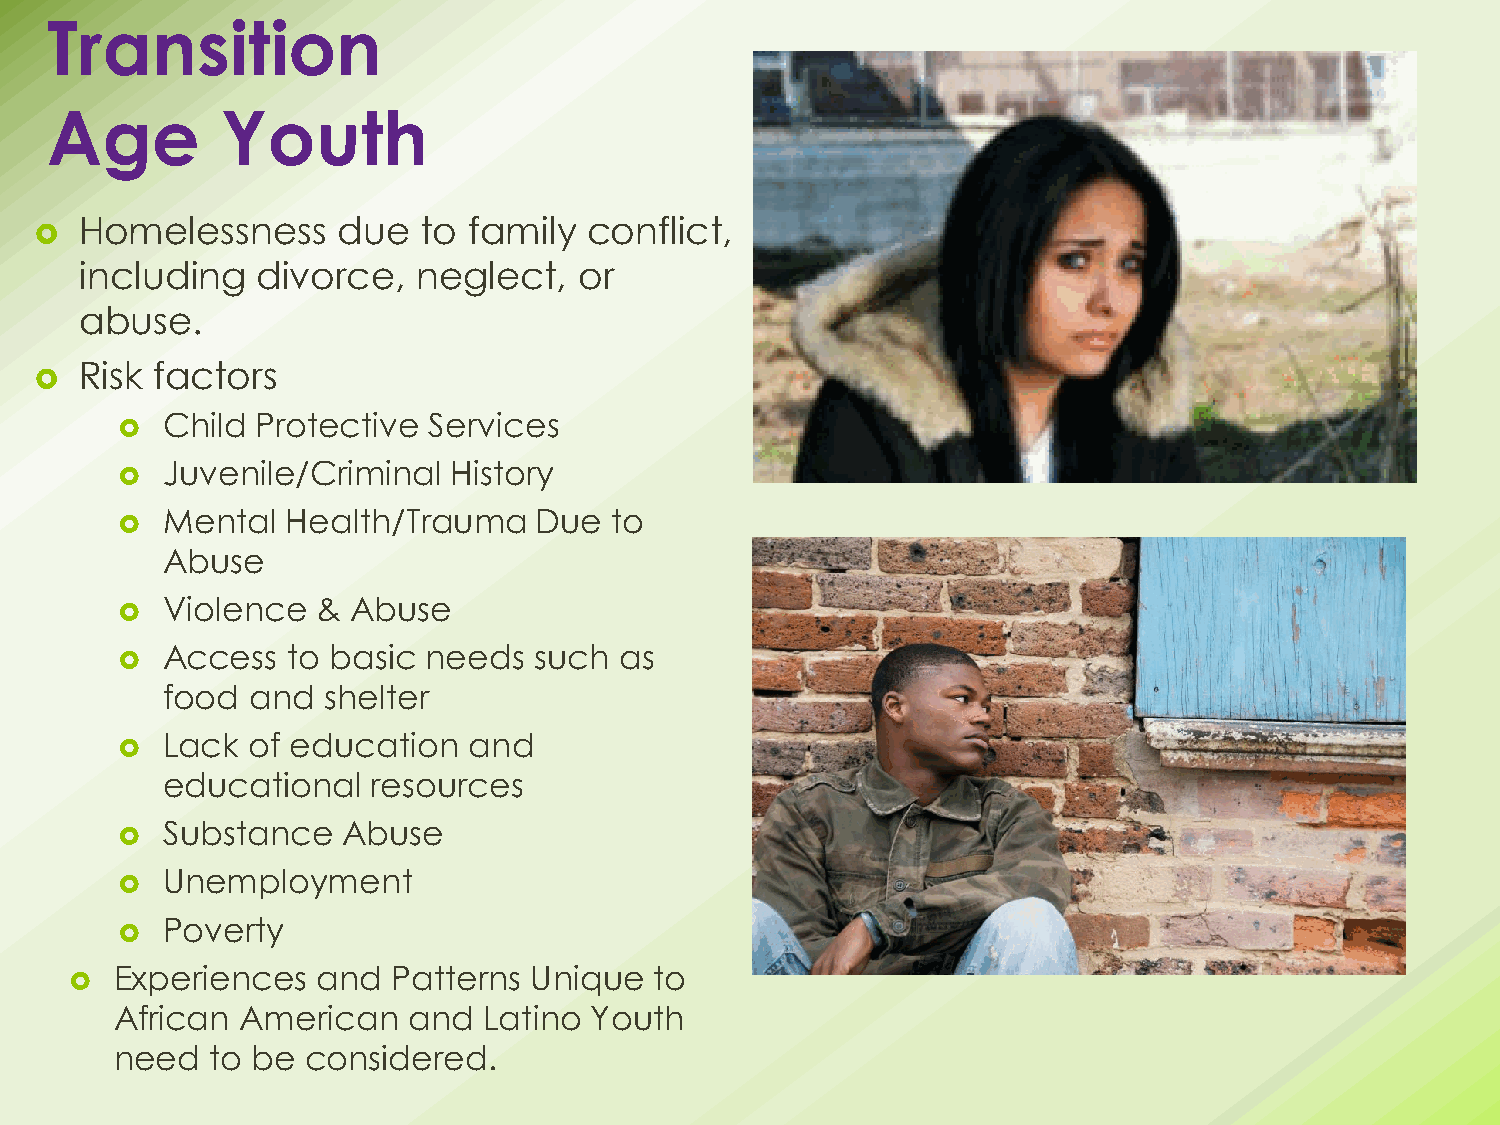
Transition
 18                       April 30, 2014
 Age         Youth
 Homelessness     due   to family  conflict,
 
 including   divorce,   neglect,  or
 abuse.
 Risk factors
 
   Child Protective Services
   Juvenile/Criminal  History
   Mental  Health/Trauma   Due  to
 Abuse
   Violence  & Abuse
   Access  to basic needs  such  as
 food  and shelter
   Lack of education   and
 educational   resources
   Substance   Abuse
   Unemployment
   Poverty
   Experiences  and  Patterns Unique  to
 African American   and  Latino Youth
 need  to be considered.